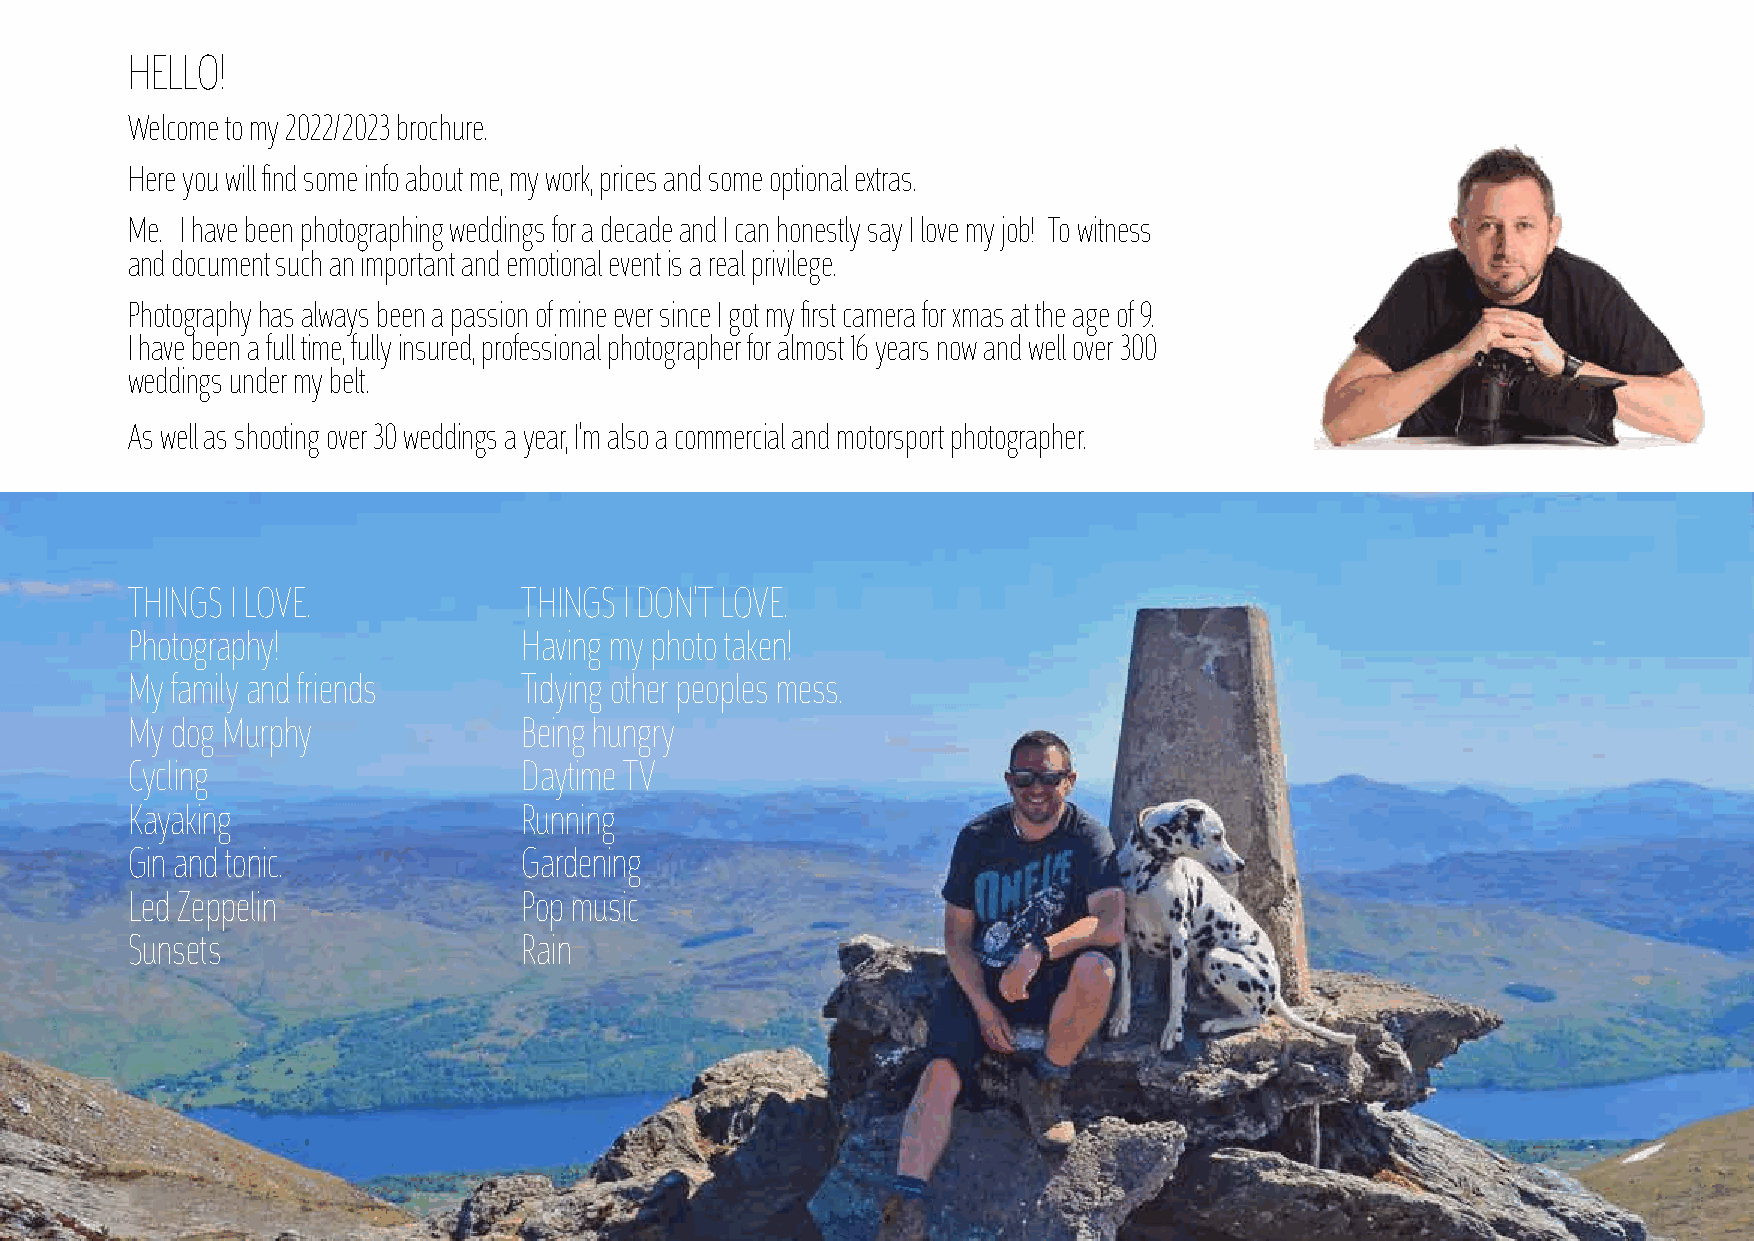
HELLO!
 Welcome to my 2022/ 2023 brochure.
 Here you will find some info about me, my work, prices and some optional extras.
 Me. I have been photographing weddings for a decade and I can honestly say I love my job! To witness
 and document such an important and emotional event is a real privilege.
 Photography has always been a passion of mine ever since I got my first camera for xmas at the age of 9.
 I have been a full time, fully insured, professional photographer for almost 16 years now and well over 300
 weddings under my belt.
 As well as shooting over 30 weddings a year, I’m also a commercial and motorsport photographer.
 THINGS I LOVE.             THINGS I DON’T LOVE.
 Photography!               Having my photo taken!
 My family and friends      Tidying other peoples mess.
 My dog Murphy              Being hungry
 Cycling                    Daytime TV
 Kayaking                   Running
 Gin and tonic.             Gardening
 Led Zeppelin               Pop music
 Sunsets                    Rain